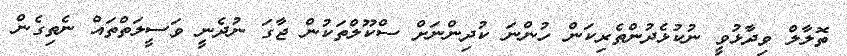
ތޮލާލް ވިދާޅުވީ ނުކުޅެދުންތެރިކަން ހުންނަ ކުދިންނަށް ސްކޫލްތަކުން ޖާގަ ނުދެނީ ވަސީލަތްތައް ނެތިގެން